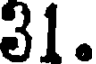
31.